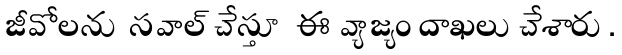
జీవోలను సవాల్ చేస్తూ ఈ వ్యాజ్యం దాఖలు చేశారు.